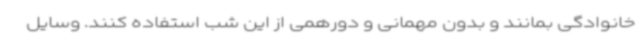
خانوادگی بمانند و بدون مهمانی و دورهمی از این شب استفاده کنند. وسایل